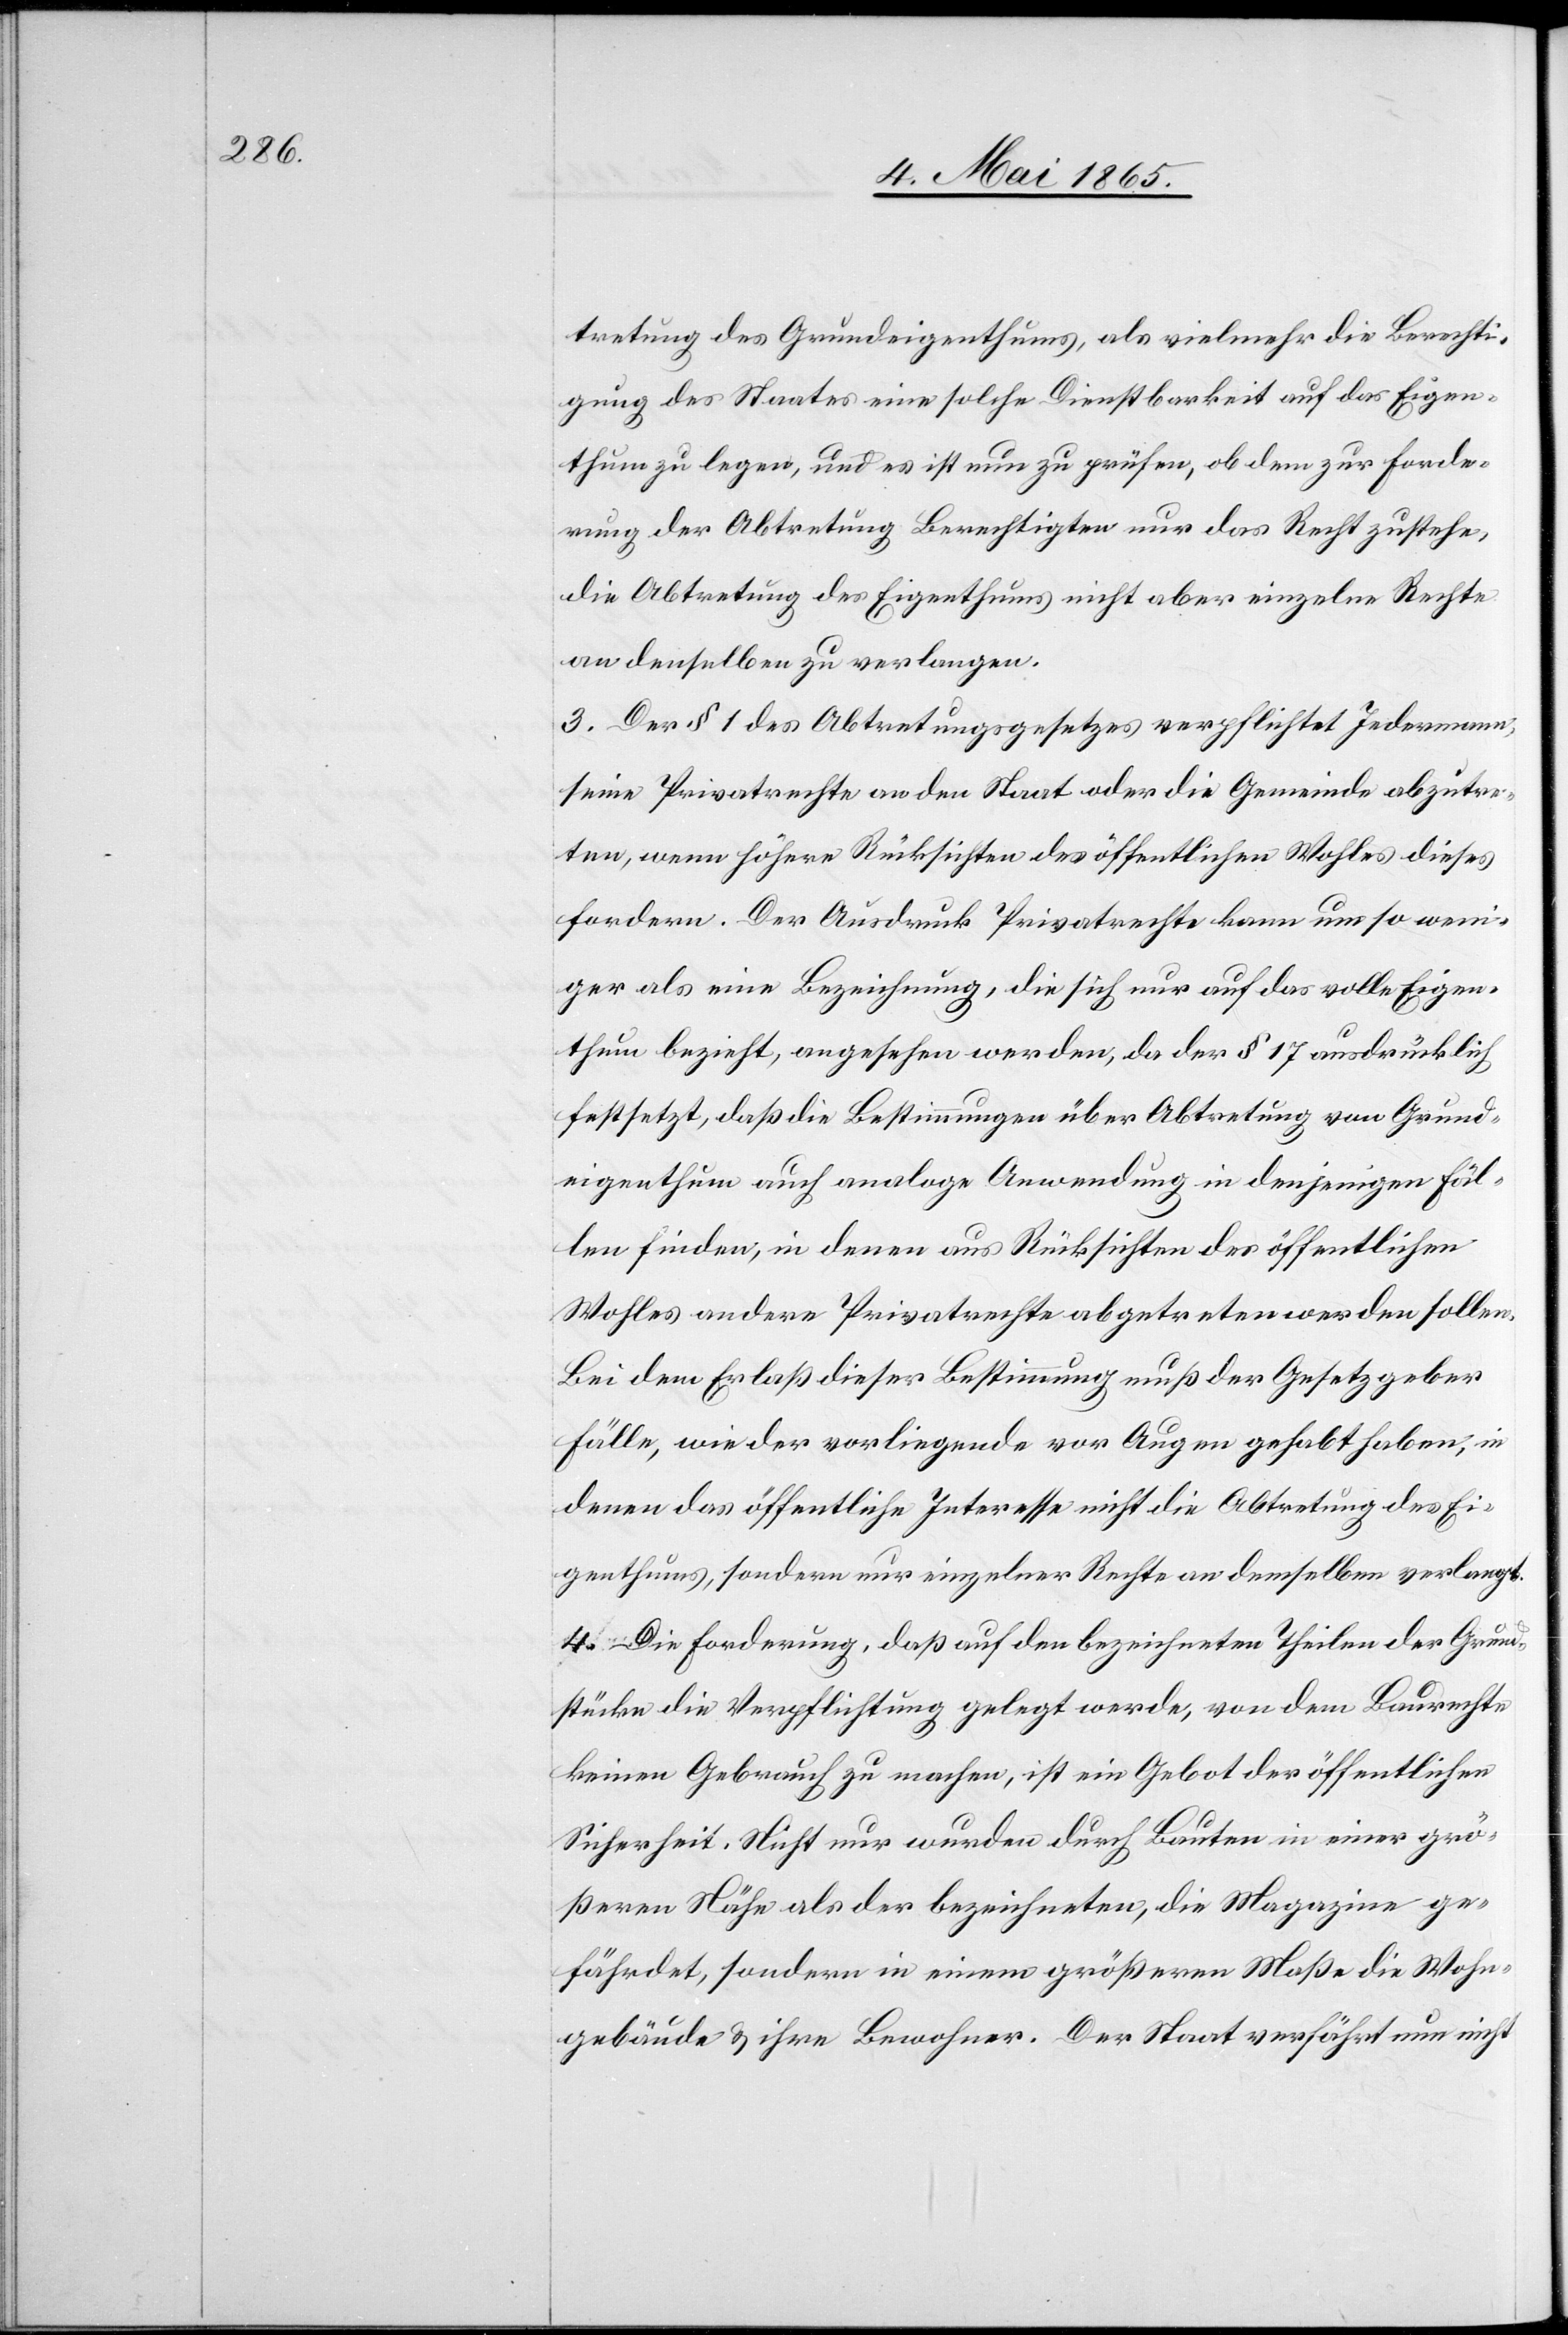
tretung des Grundeigenthums, als vielmehr die Berechti¬
gung des Staates eine solche Dienstbarkeit auf das Eigen¬
thum zu legen, und es ist nun zu prüfen, ob dem zur Forde¬
rung der Abtretung Berechtigten nur das Recht zustehe,
die Abtretung des Eigenthums nicht aber einzelne Rechte
an denselben zu verlangen.
3. Der § 1 des Abtretungsgesetzes verpflichtet Jedermann,
seine Privatrechte an den Staat oder die Gemeinde abzutre¬
ten, wenn höhere Rücksichten des öffentlichen Wohles dieses
fordern. Der Ausdruck Privatrechte kann um so weni¬
ger als eine Bezeichnung, die sich nur auf das volle Eigen¬
thum bezieht, angesehen werden, da der § 17 ausdrücklich
festsetzt, daß die Bestimmungen über Abtretung von Grund¬
eigenthum auch analoge Anwendung in denjenigen Fäl¬
len finden, in denen aus Rücksicht des öffentlichen
Wohles andere Privatrechte abgetreten werden sollen.
Bei dem Erlaß dieser Bestimmung muß der Gesetzgeber
Fälle, wie der vorliegende vor Augen gehabt haben, in
denen das öffentliche Interesse nicht die Abtretung des Ei¬
genthums, sondern nur einzelner Rechte an demselben verlangt.
4. Die Forderung, daß auf den bezeichneten Theilen der Grund¬
stücke die Verpflichtung gelegt werde, von dem Baurechte
keinen Gebrauch zu machen, ist ein Gebot der öffentlichen
Sicherheit. Nicht nur wurden durch Bauten in einer grö¬
ßeren Nähe als der bezeichneten, die Magazine ge¬
fährdet, sondern in einem größeren Maße die Wohn¬
gebäude & ihre Bewohner. Der Staat verfährt nun nicht